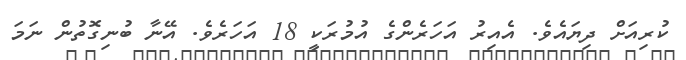
ކުރިއަށް ދިޔައެވެ. އެއިރު އަހަރެންގެ އުމުރަކީ 18 އަހަރެވެ. އޭނާ ބުނިގޮތުން ނަމަ